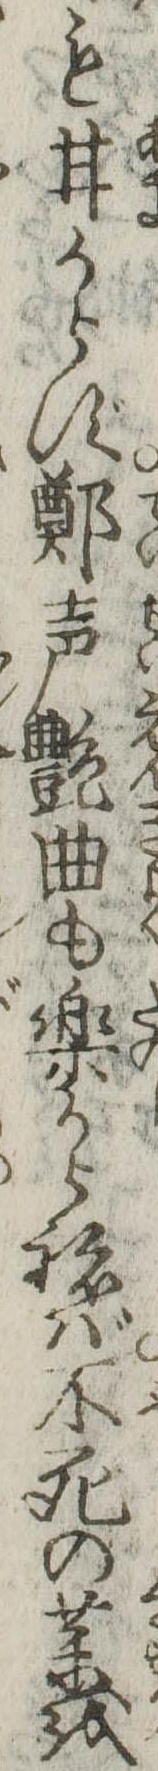
も甘からず鄭声艶曲も楽からねば不死の薬を